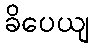
ခိပေယျ